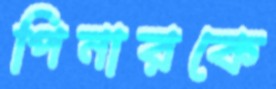
পিনারকে